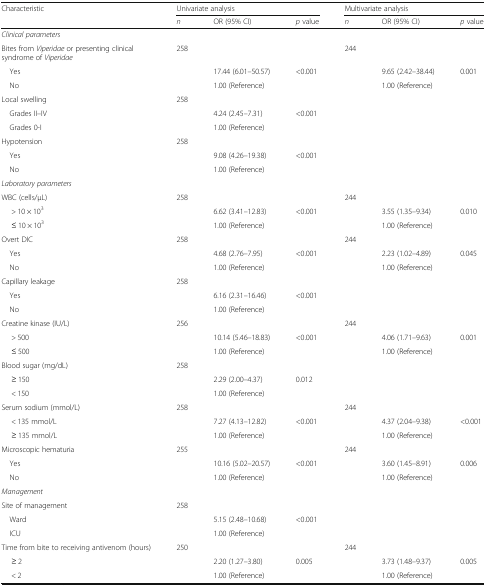
<table><thead><tr><td rowspan="2"><b>Characteristic</b></td><td colspan="3"><b>Univariate analysis</b></td><td colspan="3"><b>Multivariate analysis</b></td></tr><tr><td><b><i>n</i></b></td><td><b>OR (95% CI)</b></td><td><b><i>p</i> value</b></td><td><b><i>n</i></b></td><td><b>OR (95% CI)</b></td><td><b><i>p</i> value</b></td></tr></thead><tbody><tr><td><i>Clinical parameters</i></td><td>[EMPTY_CELL]</td><td>[EMPTY_CELL]</td><td>[EMPTY_CELL]</td><td>[EMPTY_CELL]</td><td>[EMPTY_CELL]</td><td>[EMPTY_CELL]</td></tr><tr><td>Bites from <i>Viperidae</i> or presenting clinical syndrome of <i>Viperidae</i></td><td>258</td><td>[EMPTY_CELL]</td><td>[EMPTY_CELL]</td><td>244</td><td>[EMPTY_CELL]</td><td>[EMPTY_CELL]</td></tr><tr><td> Yes</td><td>[EMPTY_CELL]</td><td>17.44 (6.01–50.57)</td><td>&lt;0.001</td><td>[EMPTY_CELL]</td><td>9.65 (2.42–38.44)</td><td>0.001</td></tr><tr><td> No</td><td>[EMPTY_CELL]</td><td>1.00 (Reference)</td><td>[EMPTY_CELL]</td><td>[EMPTY_CELL]</td><td>1.00 (Reference)</td><td>[EMPTY_CELL]</td></tr><tr><td>Local swelling</td><td>258</td><td>[EMPTY_CELL]</td><td>[EMPTY_CELL]</td><td>[EMPTY_CELL]</td><td>[EMPTY_CELL]</td><td>[EMPTY_CELL]</td></tr><tr><td> Grades II–IV</td><td>[EMPTY_CELL]</td><td>4.24 (2.45–7.31)</td><td>&lt;0.001</td><td>[EMPTY_CELL]</td><td>[EMPTY_CELL]</td><td>[EMPTY_CELL]</td></tr><tr><td> Grades 0-I</td><td>[EMPTY_CELL]</td><td>1.00 (Reference)</td><td>[EMPTY_CELL]</td><td>[EMPTY_CELL]</td><td>[EMPTY_CELL]</td><td>[EMPTY_CELL]</td></tr><tr><td>Hypotension</td><td>258</td><td>[EMPTY_CELL]</td><td>[EMPTY_CELL]</td><td>[EMPTY_CELL]</td><td>[EMPTY_CELL]</td><td>[EMPTY_CELL]</td></tr><tr><td> Yes</td><td>[EMPTY_CELL]</td><td>9.08 (4.26–19.38)</td><td>&lt;0.001</td><td>[EMPTY_CELL]</td><td>[EMPTY_CELL]</td><td>[EMPTY_CELL]</td></tr><tr><td> No</td><td>[EMPTY_CELL]</td><td>1.00 (Reference)</td><td>[EMPTY_CELL]</td><td>[EMPTY_CELL]</td><td>[EMPTY_CELL]</td><td>[EMPTY_CELL]</td></tr><tr><td><i>Laboratory parameters</i></td><td>[EMPTY_CELL]</td><td>[EMPTY_CELL]</td><td>[EMPTY_CELL]</td><td>[EMPTY_CELL]</td><td>[EMPTY_CELL]</td><td>[EMPTY_CELL]</td></tr><tr><td>WBC (cells/μL)</td><td>258</td><td>[EMPTY_CELL]</td><td>[EMPTY_CELL]</td><td>244</td><td>[EMPTY_CELL]</td><td>[EMPTY_CELL]</td></tr><tr><td>&gt; 10 × 10<sup>3</sup></td><td>[EMPTY_CELL]</td><td>6.62 (3.41–12.83)</td><td>&lt;0.001</td><td>[EMPTY_CELL]</td><td>3.55 (1.35–9.34)</td><td>0.010</td></tr><tr><td>≤ 10 × 10<sup>3</sup></td><td>[EMPTY_CELL]</td><td>1.00 (Reference)</td><td>[EMPTY_CELL]</td><td>[EMPTY_CELL]</td><td>1.00 (Reference)</td><td>[EMPTY_CELL]</td></tr><tr><td>Overt DIC</td><td>258</td><td>[EMPTY_CELL]</td><td>[EMPTY_CELL]</td><td>244</td><td>[EMPTY_CELL]</td><td>[EMPTY_CELL]</td></tr><tr><td> Yes</td><td>[EMPTY_CELL]</td><td>4.68 (2.76–7.95)</td><td>&lt;0.001</td><td>[EMPTY_CELL]</td><td>2.23 (1.02–4.89)</td><td>0.045</td></tr><tr><td> No</td><td>[EMPTY_CELL]</td><td>1.00 (Reference)</td><td>[EMPTY_CELL]</td><td>[EMPTY_CELL]</td><td>1.00 (Reference)</td><td>[EMPTY_CELL]</td></tr><tr><td>Capillary leakage</td><td>258</td><td>[EMPTY_CELL]</td><td>[EMPTY_CELL]</td><td>[EMPTY_CELL]</td><td>[EMPTY_CELL]</td><td>[EMPTY_CELL]</td></tr><tr><td> Yes</td><td>[EMPTY_CELL]</td><td>6.16 (2.31–16.46)</td><td>&lt;0.001</td><td>[EMPTY_CELL]</td><td>[EMPTY_CELL]</td><td>[EMPTY_CELL]</td></tr><tr><td> No</td><td>[EMPTY_CELL]</td><td>1.00 (Reference)</td><td>[EMPTY_CELL]</td><td>[EMPTY_CELL]</td><td>[EMPTY_CELL]</td><td>[EMPTY_CELL]</td></tr><tr><td>Creatine kinase (IU/L)</td><td>256</td><td>[EMPTY_CELL]</td><td>[EMPTY_CELL]</td><td>244</td><td>[EMPTY_CELL]</td><td>[EMPTY_CELL]</td></tr><tr><td>&gt; 500</td><td>[EMPTY_CELL]</td><td>10.14 (5.46–18.83)</td><td>&lt;0.001</td><td>[EMPTY_CELL]</td><td>4.06 (1.71–9.63)</td><td>0.001</td></tr><tr><td>≤ 500</td><td>[EMPTY_CELL]</td><td>1.00 (Reference)</td><td>[EMPTY_CELL]</td><td>[EMPTY_CELL]</td><td>1.00 (Reference)</td><td>[EMPTY_CELL]</td></tr><tr><td>Blood sugar (mg/dL)</td><td>258</td><td>[EMPTY_CELL]</td><td>[EMPTY_CELL]</td><td>[EMPTY_CELL]</td><td>[EMPTY_CELL]</td><td>[EMPTY_CELL]</td></tr><tr><td>≥ 150</td><td>[EMPTY_CELL]</td><td>2.29 (2.00–4.37)</td><td>0.012</td><td>[EMPTY_CELL]</td><td>[EMPTY_CELL]</td><td>[EMPTY_CELL]</td></tr><tr><td>&lt; 150</td><td>[EMPTY_CELL]</td><td>1.00 (Reference)</td><td>[EMPTY_CELL]</td><td>[EMPTY_CELL]</td><td>[EMPTY_CELL]</td><td>[EMPTY_CELL]</td></tr><tr><td>Serum sodium (mmol/L)</td><td>258</td><td>[EMPTY_CELL]</td><td>[EMPTY_CELL]</td><td>244</td><td>[EMPTY_CELL]</td><td>[EMPTY_CELL]</td></tr><tr><td>&lt; 135 mmol/L</td><td>[EMPTY_CELL]</td><td>7.27 (4.13–12.82)</td><td>&lt;0.001</td><td>[EMPTY_CELL]</td><td>4.37 (2.04–9.38)</td><td>&lt;0.001</td></tr><tr><td>≥ 135 mmol/L</td><td>[EMPTY_CELL]</td><td>1.00 (Reference)</td><td>[EMPTY_CELL]</td><td>[EMPTY_CELL]</td><td>1.00 (Reference)</td><td>[EMPTY_CELL]</td></tr><tr><td>Microscopic hematuria</td><td>255</td><td>[EMPTY_CELL]</td><td>[EMPTY_CELL]</td><td>244</td><td>[EMPTY_CELL]</td><td>[EMPTY_CELL]</td></tr><tr><td> Yes</td><td>[EMPTY_CELL]</td><td>10.16 (5.02–20.57)</td><td>&lt;0.001</td><td>[EMPTY_CELL]</td><td>3.60 (1.45–8.91)</td><td>0.006</td></tr><tr><td> No</td><td>[EMPTY_CELL]</td><td>1.00 (Reference)</td><td>[EMPTY_CELL]</td><td>[EMPTY_CELL]</td><td>1.00 (Reference)</td><td>[EMPTY_CELL]</td></tr><tr><td><i>Management</i></td><td>[EMPTY_CELL]</td><td>[EMPTY_CELL]</td><td>[EMPTY_CELL]</td><td>[EMPTY_CELL]</td><td>[EMPTY_CELL]</td><td>[EMPTY_CELL]</td></tr><tr><td>Site of management</td><td>258</td><td>[EMPTY_CELL]</td><td>[EMPTY_CELL]</td><td>[EMPTY_CELL]</td><td>[EMPTY_CELL]</td><td>[EMPTY_CELL]</td></tr><tr><td> Ward</td><td>[EMPTY_CELL]</td><td>5.15 (2.48–10.68)</td><td>&lt;0.001</td><td>[EMPTY_CELL]</td><td>[EMPTY_CELL]</td><td>[EMPTY_CELL]</td></tr><tr><td> ICU</td><td>[EMPTY_CELL]</td><td>1.00 (Reference)</td><td>[EMPTY_CELL]</td><td>[EMPTY_CELL]</td><td>[EMPTY_CELL]</td><td>[EMPTY_CELL]</td></tr><tr><td>Time from bite to receiving antivenom (hours)</td><td>250</td><td>[EMPTY_CELL]</td><td>[EMPTY_CELL]</td><td>244</td><td>[EMPTY_CELL]</td><td>[EMPTY_CELL]</td></tr><tr><td>≥ 2</td><td>[EMPTY_CELL]</td><td>2.20 (1.27–3.80)</td><td>0.005</td><td>[EMPTY_CELL]</td><td>3.73 (1.48–9.37)</td><td>0.005</td></tr><tr><td>&lt; 2</td><td>[EMPTY_CELL]</td><td>1.00 (Reference)</td><td>[EMPTY_CELL]</td><td>[EMPTY_CELL]</td><td>1.00 (Reference)</td><td>[EMPTY_CELL]</td></tr></tbody></table>